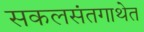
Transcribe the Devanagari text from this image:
सकलसंतगाथेत